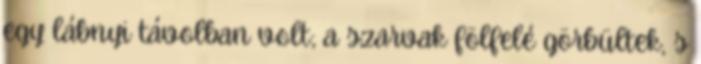
egy lábnyi távolban volt; a szarvak fölfelé görbültek, s